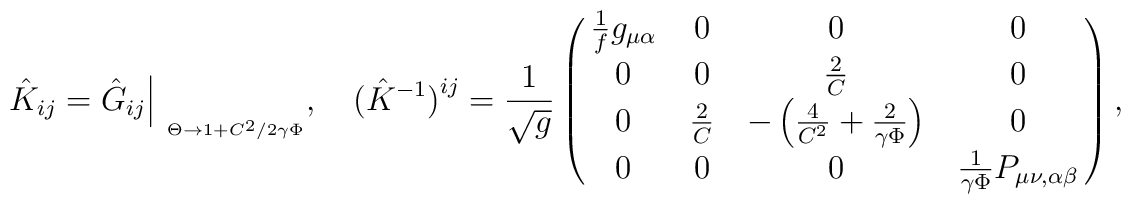
\hat{K}_{ij}=\hat{G}_{ij}\Big|_{\phantom{p}_{\Theta\to1+C^2/2\gamma\Phi}}, \quad\bigl(\hat K^{-1}\bigr)^{ij}={1\over\sqrt g}\pmatrix                  {{1\over f}g_{\mu \alpha }&                  0&0&0\cr 0&0& {2\over C}&0\cr                  0&{2\over C}&-\left({4\over C^2}+{2\over \gamma\Phi }                  \right)&0\cr                  0&0&0&{1\over \gamma \Phi }P_{\mu \nu ,\alpha\beta }\cr},